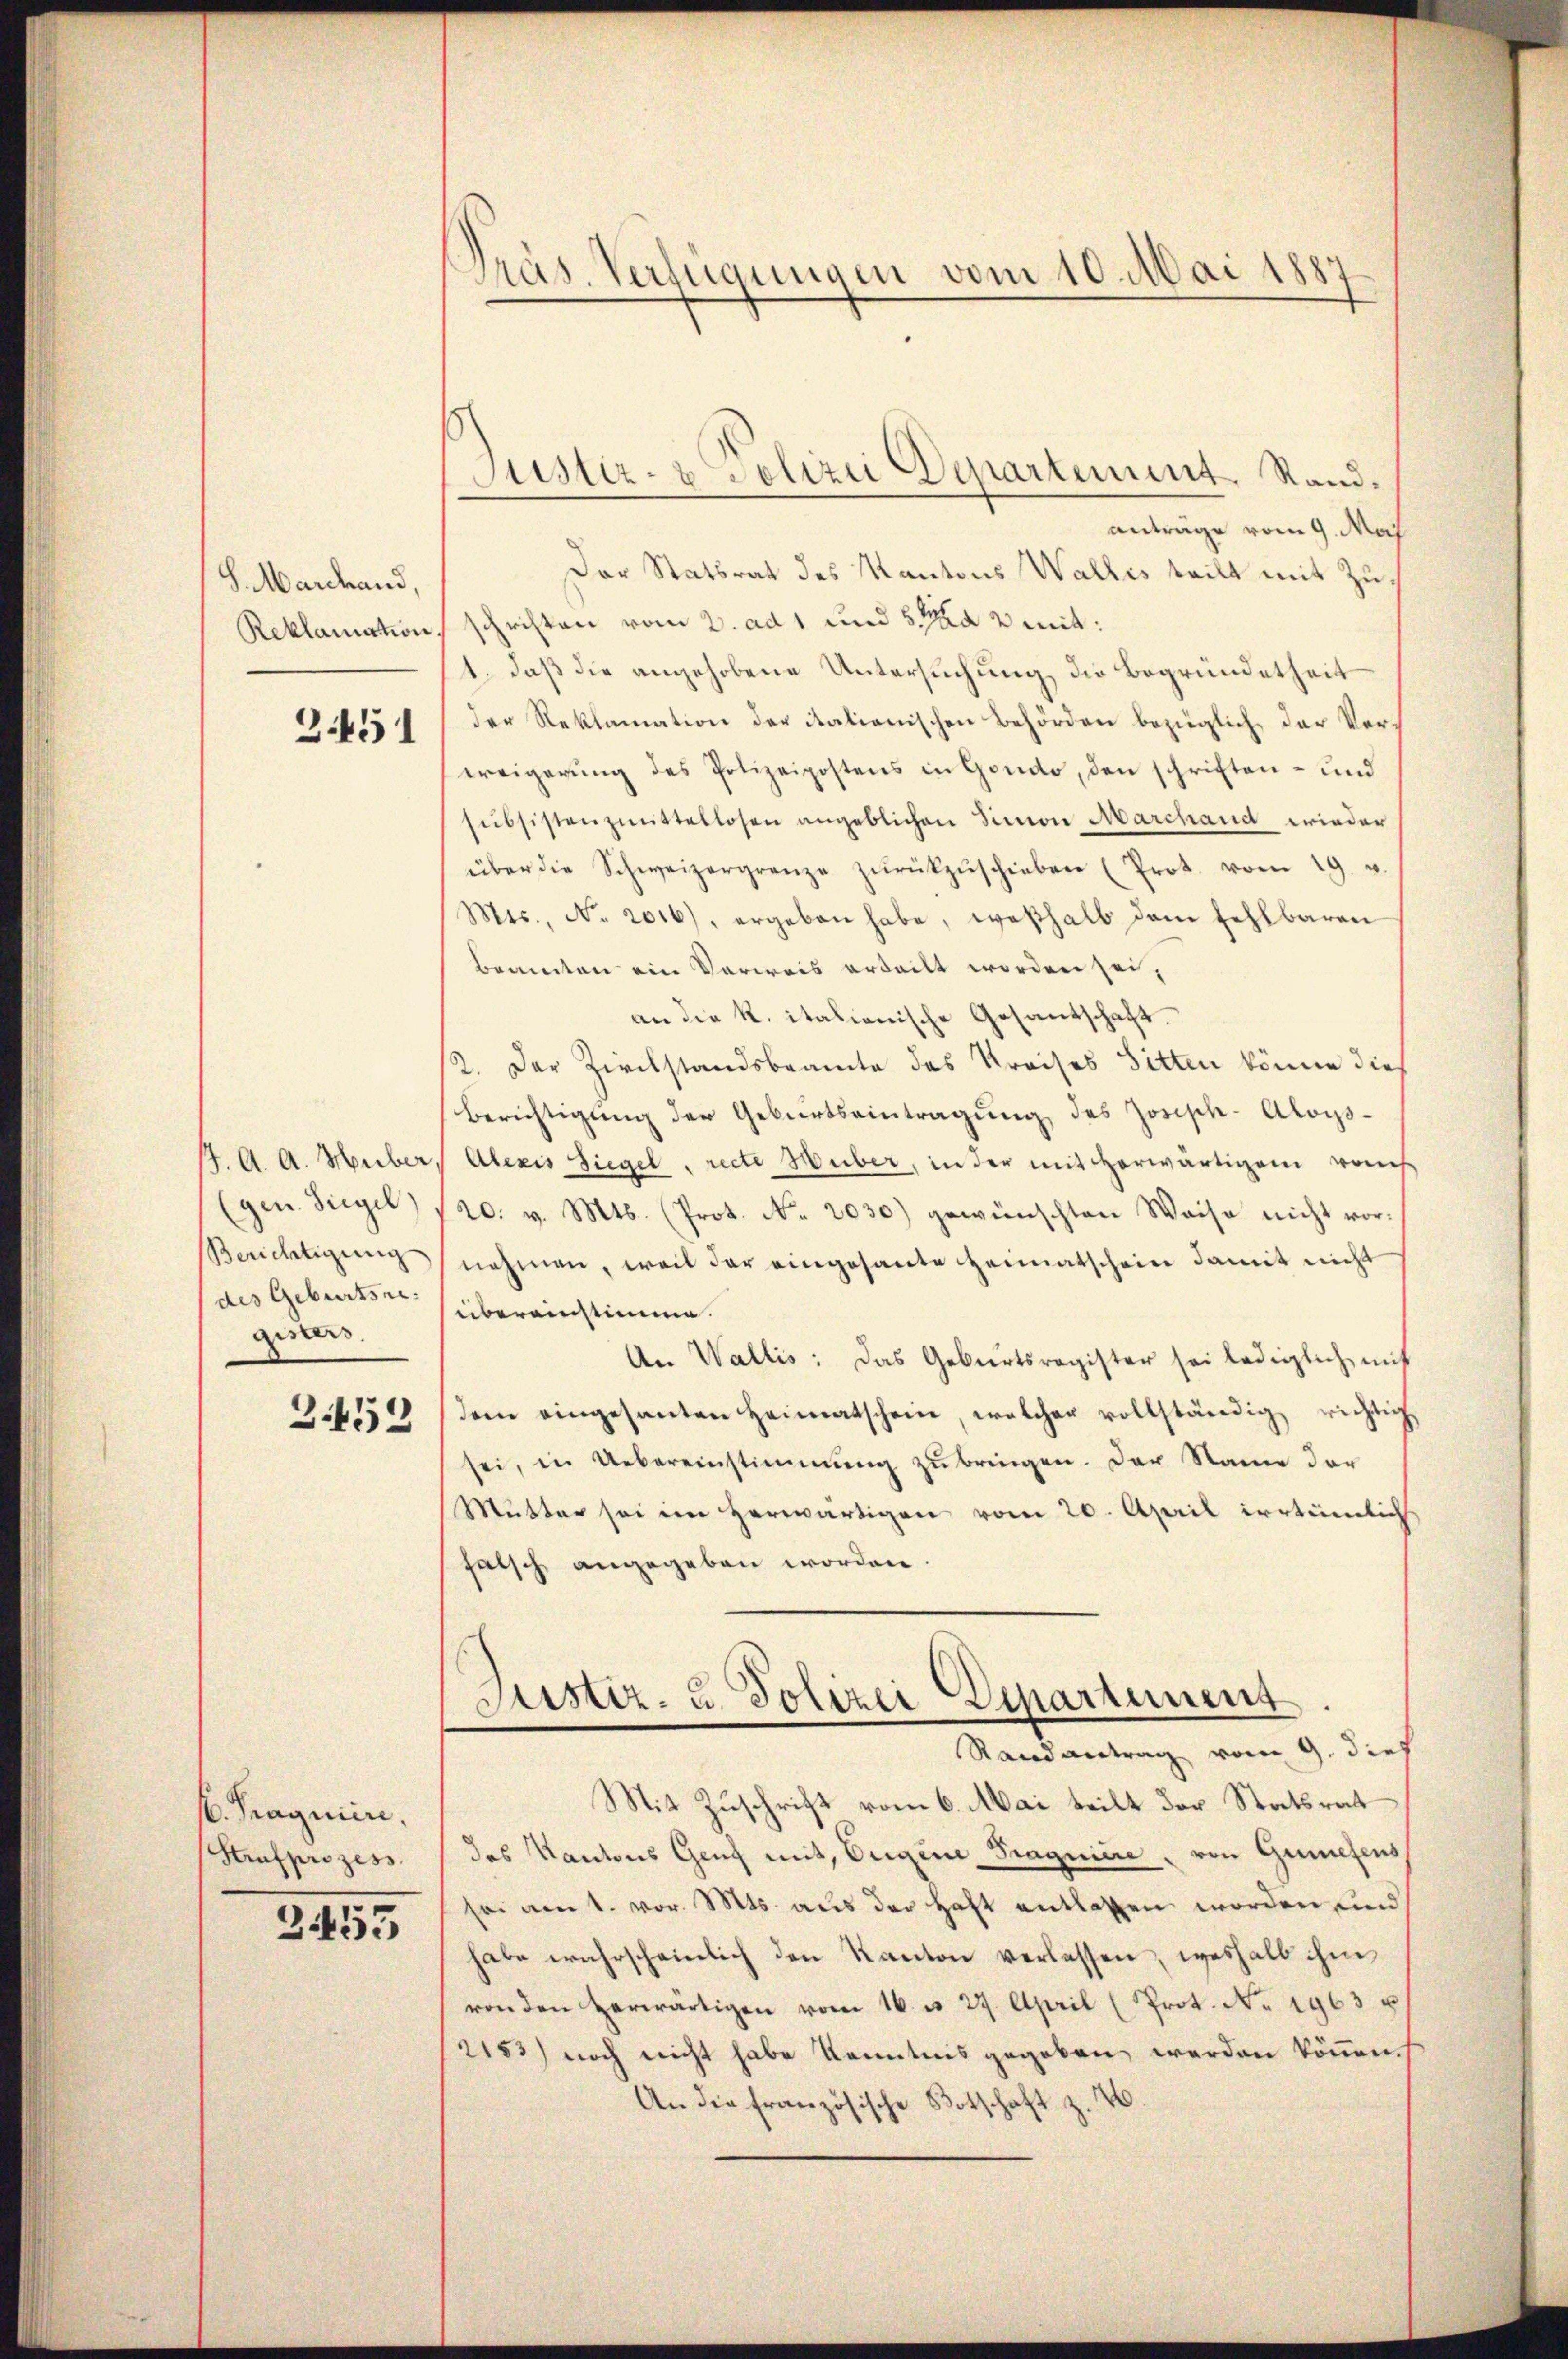
S. Marchand
Reklamation.

2451

17. A. A. Huber.
(gen. Siegel
Berichtigung
des Geburtsre
gisters.

B.452

s. Fragniere,
Strafprozess

3455

Präs. Verfügungen vom 10. Mai 1881

Justiz- & Polizei Departement, Rand¬

antrage vom 9. Maj
Der Statsrat des Kantons Wallis teilt mit Zuschriften vom 2. ad 1 und 5 Ma 2 mit:
1. daß die angehobene Untersuchung die Begründetheit
der Reklamation der itationischen Behörden bezüglich der Verweigerung des Polizeipostens in Gondo, den schriften- und
subsistenzmittellosen angeblichen Simon Marchand wieder
über die Schweizergrenze zŭrückzŭschieben (Prot. vom 19. u.
Mts., No. 2016), ergeben habe, weßhalb dem fehlbaren
bemerten ein Vorweis erteilt worden sei,
an die K. italienische Gesandschaft.
2. Der Zirckstandsbeamte des Kreises Sitten könne dies
Berichtigung der Geburtseintragung des Jorisch-Aloys¬
Alexis Siegel, recte Huber, in der mit herwärtigem rauch
20. v. Mts. (Prot. No. 2030) gewünschten Weise nicht vornehmen, weil der eingesante Heimatschein damit nicht
übereinstimme.
An Wallis: das Geburtsregister sei lediglich mit
dem eingesanten Heimatschein, welcher vollständig richtig
sei, in Uebereinstimmung zŭ bringen. Der Name der
Mutter sei im herwärtigen vom 20. April irrtümlich
falsch angegeben worden.
Justiz- u. Polizei Departement
Randantrag vom 9. dies
Mit Zuschrift vom 6. Mai teilt der Statsrat
des Kantons Genz mit, Origine Tragniere, von Griesens,
sei am 1. vor. Mts. aus der Haft entlassen worden, und
habe wahrscheinlich den Kanton verlassen, weshalb ihm
von den herwärtigen vom 16. u. 27. April (Prot. No. 1963 u
2153) noch nicht habe Kenntnis gegeben werden können.
Un die französische Botschaft